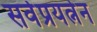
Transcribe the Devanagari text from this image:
सर्वप्रयत्नेन